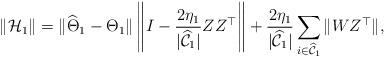
LaTeX: \begin{align*} \|\mathcal{H}_1\| & = \|\widehat{\Theta}_1-\Theta_1\| \left\|I - \frac{2\eta_1}{|\widehat{\mathcal{C}}_1|} ZZ^{\top}\right\|+ \frac{2 \eta_1}{|\widehat{\mathcal{C}}_1|} \sum_{i \in \widehat{\mathcal{C}}_1}\| WZ^{\top}\|,\end{align*}